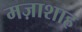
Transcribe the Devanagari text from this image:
मज़ाशाह